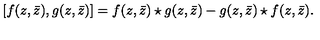
[ f ( z , \bar { z } ) , g ( z , \bar { z } ) ] = f ( z , \bar { z } ) \star g ( z , \bar { z } ) - g ( z , \bar { z } ) \star f ( z , \bar { z } ) .